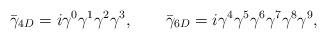
LaTeX: \begin{align*}\bar\gamma_{4D} = i \gamma^0 \gamma^1 \gamma^2 \gamma^3, \qquad\bar\gamma_{6D} = i \gamma^4 \gamma^5 \gamma^6 \gamma^7 \gamma^8 \gamma^9,\end{align*}